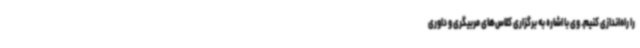
را راه‌اندازی کنیم. وی با اشاره به برگزاری کلاس‌های مربیگری و داوری